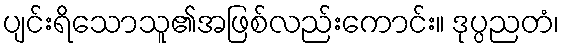
ပျင်းရိသောသူ၏အဖြစ်လည်းကောင်း။ ဒုပ္ပညတံ၊